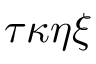
\tau \kappa \eta \xi